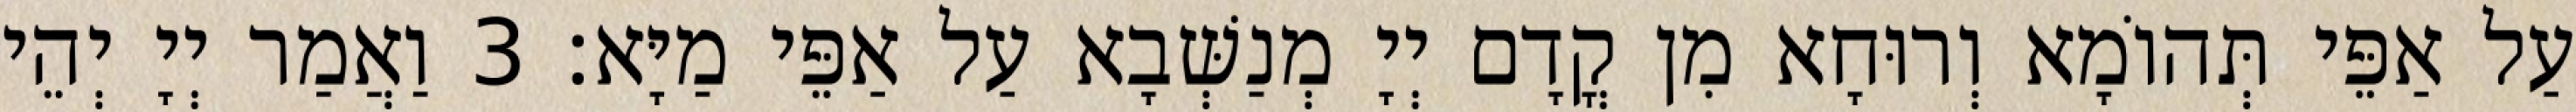
עַל אַפֵּי תְּהוֹמָא וְרוּחָא מִן קֳדָם יְיָ מְנַשְּׁבָא עַל אַפֵּי מַיָּא׃ 3 וַאֲמַר יְיָ יְהֵי